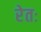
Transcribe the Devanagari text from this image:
रेतः